Civil Veterinary Dept. Bombay admin report 1914-1922 - 1914-1922
Year: 1914
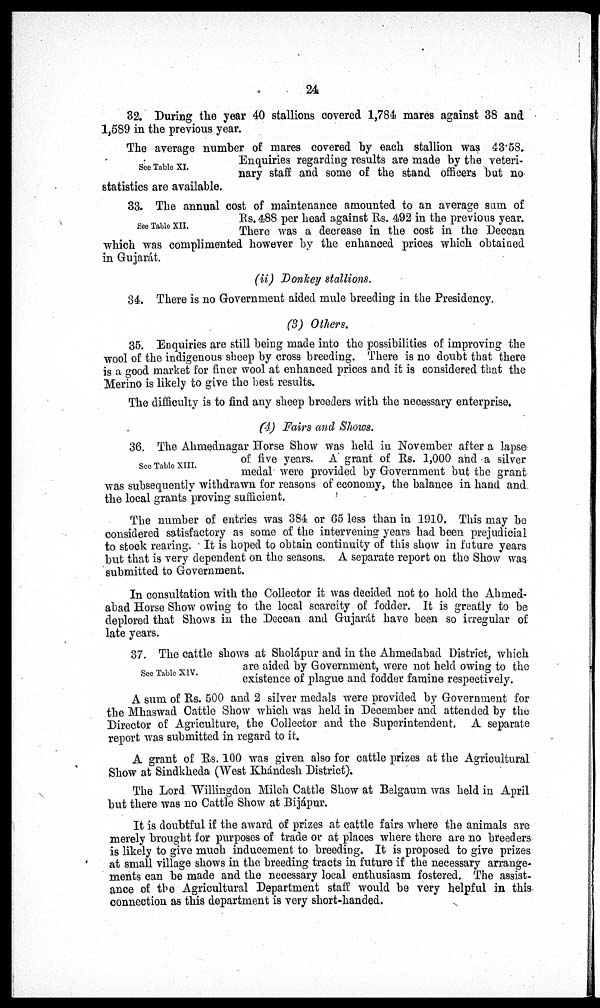
24
32. During the year 40 stallions covered 1,784 mares against 38 and
1,589 in the previous year.
See Table XI.
The average number of mares covered by each stallion was 43.58.
Enquiries regarding results are made by the veteri-
nary staff and some of the stand officers but no
statistics are available.
See Table XII.
33. The annual cost of maintenance amounted to an average sum of
RS.488 per head against Rs. 492 in the previous year.
There was a decrease in the cost in the Deccan
which was complimented however by the enhanced prices which obtained
in Gujarát.
(ii) Donkey stallions.
34. There is no Government aided mule breeding in the Presidency.
(3) Others.
35. Enquiries are still being made into the possibilities of improving the
wool of the indigenous sheep by cross breeding. There is no doubt that there
is a good market for finer wool at enhanced prices and it is considered that the
Merino is likely to give the best results.
The difficulty is to find any sheep breeders with the necessary enterprise.
(4) Fairs and Shows.
See Table XIII.
36. The Ahmednagar Horse Show was held in November after a lapse
of five years. A grant of Rs. 1,000 and a silver
medal were provided by Government but the grant
was subsequently withdrawn for reasons of economy, the balance in hand and
the local grants proving sufficient.
The number of entries was 384 or 65 less than in 1910. This may be
considered satisfactory as some of the intervening years had been prejudicial
to stock rearing. It is hoped to obtain continuity of this show in future years
but that is very dependent on the seasons. A separate report on the Show was
submitted to Government.
In consultation with the Collector it was decided not to hold the Ahmed-
abad Horse Show owing to the local scarcity of fodder. It is greatly to be
deplored that Shows in the Deccan and Gujarát have been so irregular of
late years.
See Table XIV.
37. The cattle shows at Sholápur and in the Ahmedabad District, which
are aided by Government, were not held owing to the
existence of plague and fodder famine respectively.
A sum of Rs. 500 and 2 silver medals were provided by Government for
the Mhaswad Cattle Show which was held in December and attended by the
Director of Agriculture, the Collector and the Superintendent. A separate
report was submitted in regard to it.
A grant of Rs. 100 was given also for cattle prizes at the Agricultural
Show at Sindkheda (West Khándesh District).
The Lord Willingdon Milch Cattle Show at Belgaum was held in April
but there was no Cattle Show at Bijápur.
It is doubtful if the award of prizes at cattle fairs where the animals are
merely brought for purposes of trade or at places where there are no breeders
is likely to give much inducement to breeding. It is proposed to give prizes
at small village shows in the breeding tracts in future if the necessary arrange-
ments can be made and the necessary local enthusiasm fostered. The assist-
ance of the Agricultural Department staff would be very helpful in this
connection as this department is very short-handed.